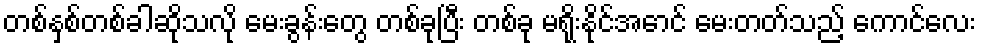
တစ်နှစ်တစ်ခါဆိုသလို မေးခွန်းတွေ တစ်ခုပြီး တစ်ခု မရိုးနိုင်အောင် မေးတတ်သည့် ကောင်လေး